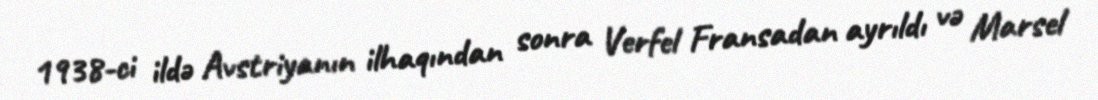
1938-ci ildə Avstriyanın ilhaqından sonra Verfel Fransadan ayrıldı və Marsel